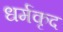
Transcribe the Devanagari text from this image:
धर्मकृद